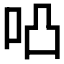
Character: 𠱂